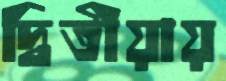
দ্বিতীয়ায়